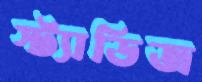
স্ট্যাডিজ